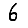
Digit: 6